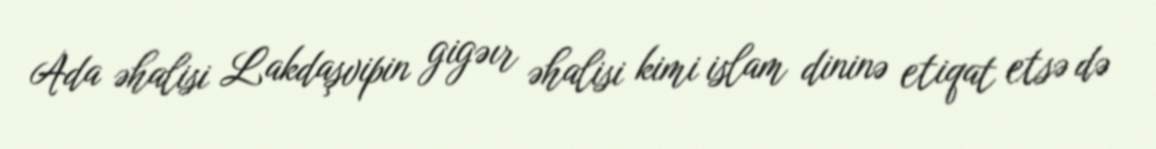
Ada əhalisi Lakdaşvipin gigəır əhalisi kimi islam dininə etiqat etsə də